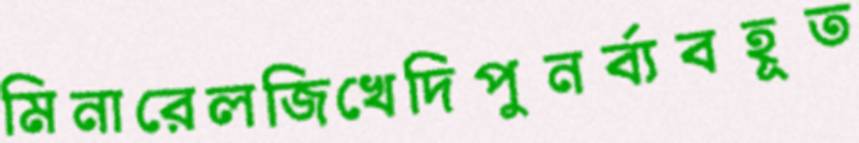
মিনারেলজিখেদিপুনর্ব্যবহূত